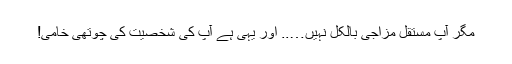
مگر آپ مستقل مزاجی بالکل نہیں….. اور یہی ہے آپ کی شخصیت کی چوتھی خامی!